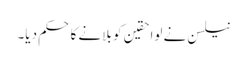
نیلسن نے لواحقین کو بلانے کا حکم دیا۔